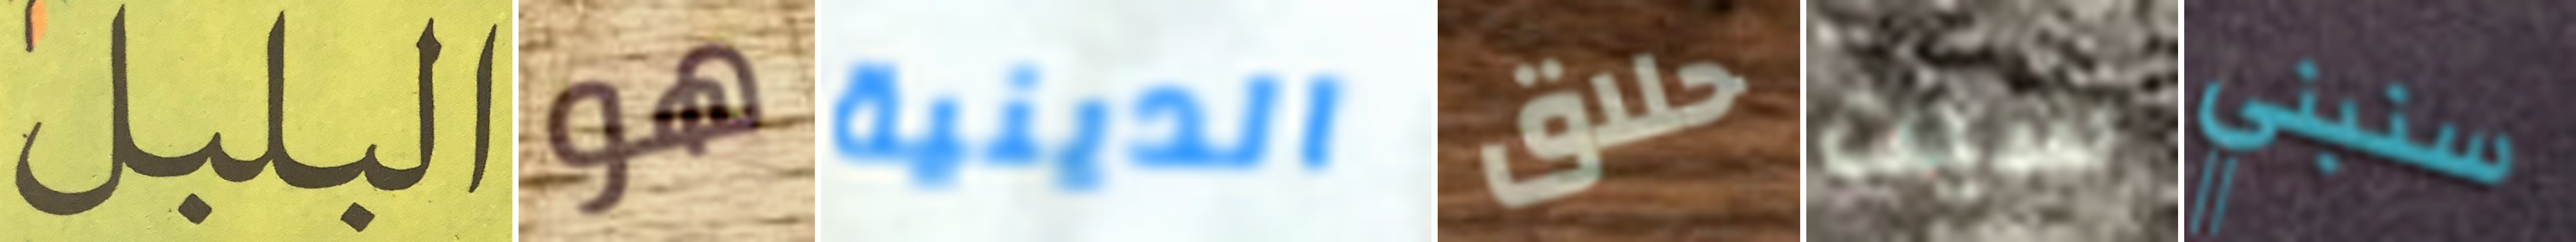
البلبل هو الدينية حلاق شيت سنبني